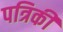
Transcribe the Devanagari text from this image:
पत्रिकी